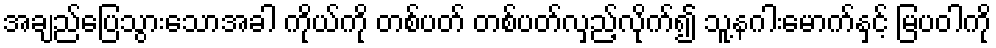
အချည်ပြေသွားသောအခါ ကိုယ်ကို တစ်ပတ် တစ်ပတ်လှည့်လိုက်၍ သူ့နဂါးမောက်နှင့် မြပဝါကို